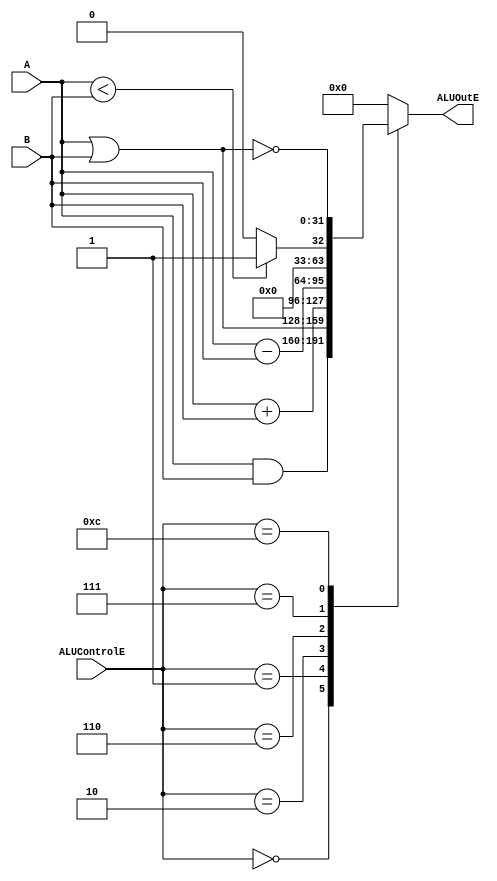
module ALU(
  input       [31:0]  A, B,
  input       [3:0]   ALUControlE,
  output  reg [31:0]  ALUOutE
  );

  always @(*)
  begin
    case (ALUControlE)
      4'b0000 : ALUOutE <= A & B;
      4'b0001 : ALUOutE <= A | B;
      4'b0010 : ALUOutE <= A + B;
      4'b0110 : ALUOutE <= A - B;
      4'b0111 : ALUOutE <= (A < B) ? 1 : 0;
      4'b1100 : ALUOutE <= ~(A | B);
      default : ALUOutE <= 0;
    endcase
  end
  
endmodule